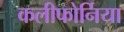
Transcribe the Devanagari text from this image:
कलीफोर्निया